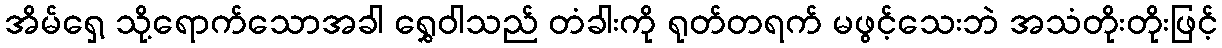
အိမ်ရှေ့ သို့ရောက်သောအခါ ရွှေဝါသည် တံခါးကို ရုတ်တရက် မဖွင့်သေးဘဲ အသံတိုးတိုးဖြင့်